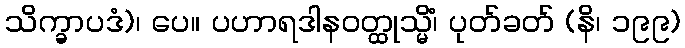
သိက္ခာပဒံ)၊ ပေ။ ပဟာရဒါနဝတ္ထုသ္မိံ၊ ပုတ်ခတ် (နိ၊ ၁၉၉)